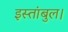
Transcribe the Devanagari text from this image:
इस्तांबुल।